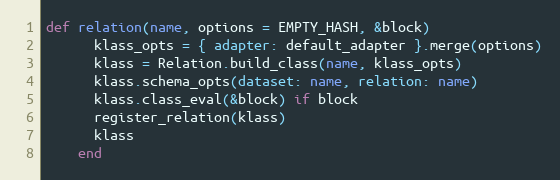
Language: Ruby
def relation(name, options = EMPTY_HASH, &block)
      klass_opts = { adapter: default_adapter }.merge(options)
      klass = Relation.build_class(name, klass_opts)
      klass.schema_opts(dataset: name, relation: name)
      klass.class_eval(&block) if block
      register_relation(klass)
      klass
    end